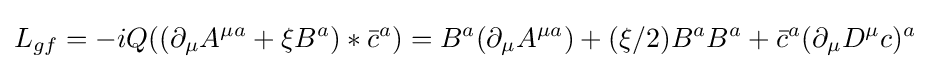
L_{gf}=-iQ((\partial _{\mu }A^{\mu a}+\xi B^{a})*{\bar {c}}^{a})=B^{a}(\partial _{\mu }A^{\mu a})+(\xi /2)B^{a}B^{a}+{\bar {c}}^{a}(\partial _{\mu }D^{\mu }c)^{a}